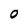
Character: 0